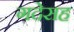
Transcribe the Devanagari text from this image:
गदेसह